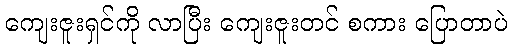
ကျေးဇူးရှင်ကို လာပြီး ကျေးဇူးတင် စကား ပြောတာပဲ